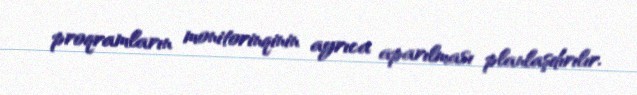
proqramların monitorinqinin ayrıca aparılması planlaşdırılır.